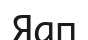
Яап